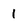
Character: 1